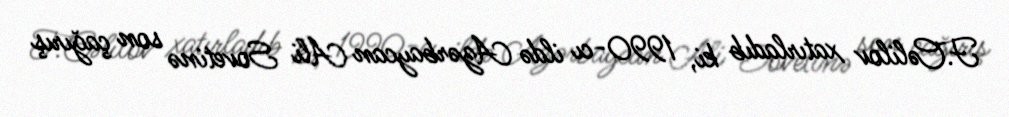
F.Cəlilov xatırladıb ki, 1990-cı ildə Azərbaycan Ali Sovetinə son çağırış